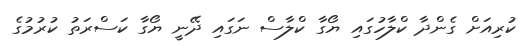
ކުރިއަށް ގެންދާ ކްލާހުގައި ޔޯގާ ކްލާސް ނަގައި ދޭނީ ޔޯގާ ކަސްރަތު ކުރުމުގެ